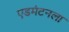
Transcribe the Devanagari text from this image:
एडमंटनला